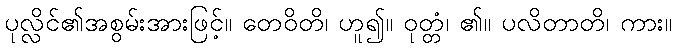
ပုလ္လိင်၏အစွမ်းအားဖြင့်။ တေဝိတိ၊ ဟူ၍။ ဝုတ္တံ၊ ၏။ ပလိတာတိ၊ ကား။